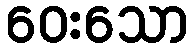
ဝေးသော